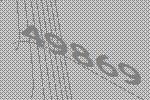
49869